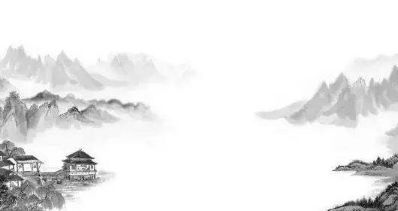
明日隔山岳，世事两茫茫。